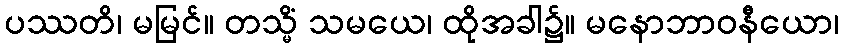
ပဿတိ၊ မမြင်။ တသ္မိံ သမယေ၊ ထိုအခါ၌။ မနောဘာဝနီယော၊